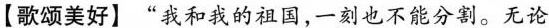
【歌颂美好】”我和我的祖国，一刻也不能分割。无论